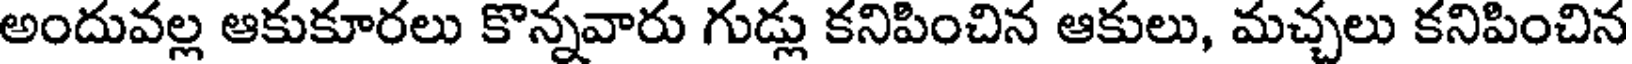
అందువల్ల ఆకుకూరలు కొన్నవారు గుడ్లు కనిపించిన ఆకులు, మచ్చలు కనిపించిన